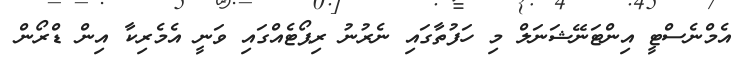
އެމްނެސްޓީ އިންޓަނޭޝަނަލް މި ހަފުތާގައި ނެރުނު ރިޕޯޓެއްގައި ވަނީ އެމެރިކާ އިން ޑްރޯން